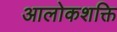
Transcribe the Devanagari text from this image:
आलोकशक्ति